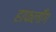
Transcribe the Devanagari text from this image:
हाफलॉँग